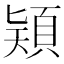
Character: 𩒠